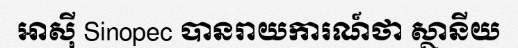
អាស៊ី Sinopec បានរាយការណ៍ថា ស្ថានីយ